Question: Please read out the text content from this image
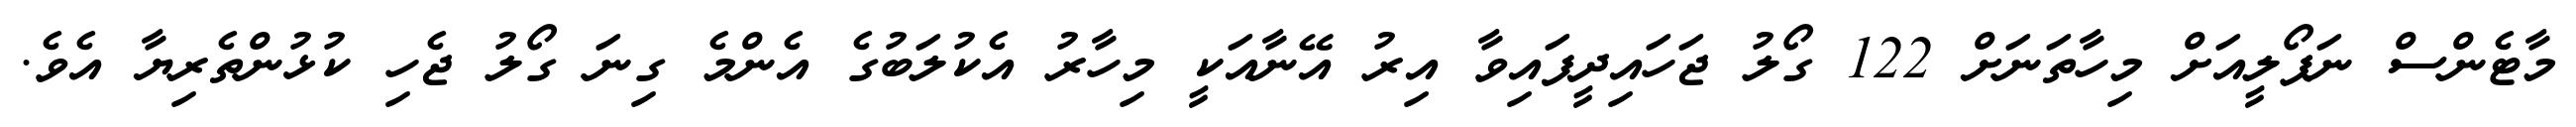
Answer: މާޓެންސް ނަޕޯލީއަށް މިހާތަނަށް 122 ގޯލު ޖަހައިދީފައިވާ އިރު އޭނާއަކީ މިހާރު އެކުލަބުގެ އެންމެ ގިނަ ގޯލު ޖެހި ކުޅުންތެރިޔާ އެވެ.